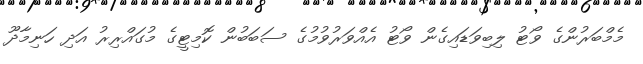
މެމްބަރުންގެ ވޯޓު ލިބިވަޑައިގެން ވޯޓު އެއްވަރުވުމުގެ ސަބަބުން ކޮމިޓީގެ މުގައްރިރު އަދި ހަނިމާދޫ